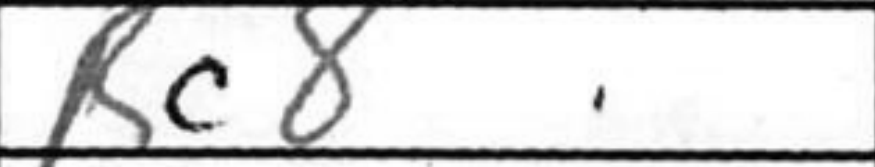
Transcription: Rc8